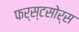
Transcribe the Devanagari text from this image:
फर्स्टसोर्स